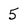
Character: 5